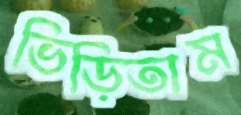
ভিড়িতাম